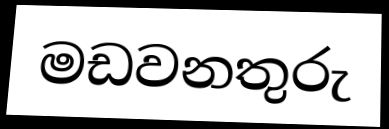
මඩවනතුරු